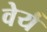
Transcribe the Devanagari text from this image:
वेर्य